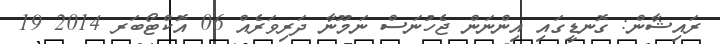
ރައިޝާން: ގޮނޑީގައި އިންނަން ޖެހުނަސް ނަމޫނާ ދަރިވަރެއް 06 އޮކްޓޯބަރ 2014 19